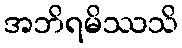
အဘိရမိဿသိ